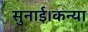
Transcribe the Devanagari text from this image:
सुनाई।कन्या